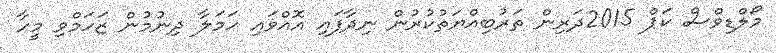
މޯލްޑިވްސް ކަޕް 2015ދަރިން ތަރުބިއްޔަތުކުރުން ނިދާފައި އޮއްވައި ހަމަލާ ދިނުމުން ޒަހަމްވި މީހާ